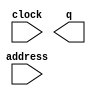
module gate_rom (
	address,
	clock,
	q);

	input	[7:0]  address;
	input	  clock;
	output	[39:0]  q;
`ifndef ALTERA_RESERVED_QIS
// synopsys translate_off
`endif
	tri1	  clock;
`ifndef ALTERA_RESERVED_QIS
// synopsys translate_on
`endif

endmodule